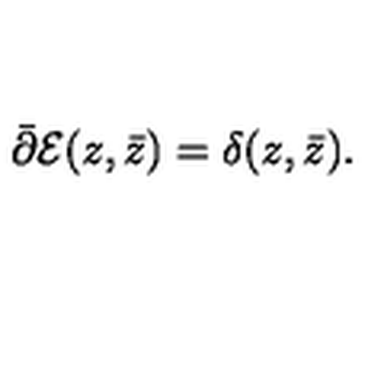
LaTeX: \bar { \partial } { \cal E } ( z , \bar { z } ) = \delta ( z , \bar { z } ) .